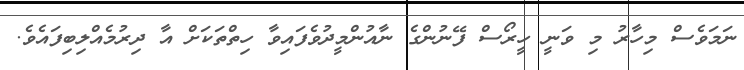
ނަމަވެސް މިހާރު މި ވަނީ ހީރޯސް ފޭނުންގެ ނާއުންމީދުވެފައިވާ ހިތްތަކަށް އާ ދިރުމެއްލިބިފައެވެ.